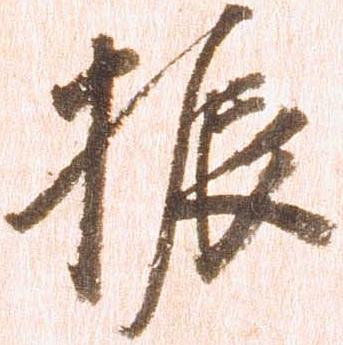
振